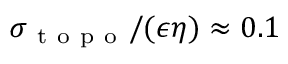
\sigma _ { \mathrm { ~ t ~ o ~ p ~ o ~ } } / ( \epsilon \eta ) \approx 0 . 1